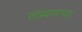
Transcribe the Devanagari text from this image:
सांप्रदायाच्या